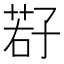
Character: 𫲩